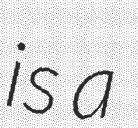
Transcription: is a